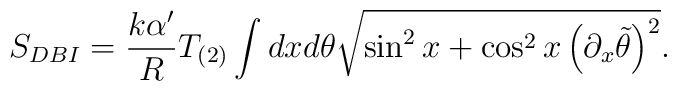
S_{DBI} = \frac{k\alpha^\prime}{R} T_{(2)}\int dx d\theta \sqrt{\sin^2  x + \cos^2 x \left( \partial_x \tilde{\theta}\right)^2} .